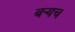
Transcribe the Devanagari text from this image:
बर्‍यच